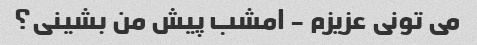
می تونی عزیزم - امشب پیش من بشینی؟